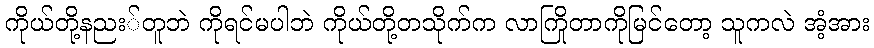
ကိုယ်တို့နညး်တူဘဲ ကိုရင်မပါဘဲ ကိုယ်တို့တသိုက်က လာကြိုတာကိုမြင်တော့ သူကလဲ အံ့အား